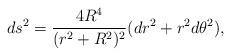
LaTeX: \begin{align*}ds^2={4R^4\over(r^2+R^2)^2}(dr^2+r^2d\theta^2),\end{align*}